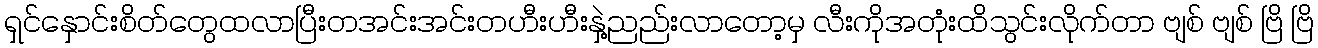
ရှင်နှောင်းစိတ်တွေထလာပြီးတအင်းအင်းတဟီးဟီးနှဲ့ညည်းလာတော့မှ လီးကိုအတုံးထိသွင်းလိုက်တာ ဗျစ် ဗျစ် ဗြိ ဗြိ